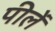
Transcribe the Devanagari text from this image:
पीलें